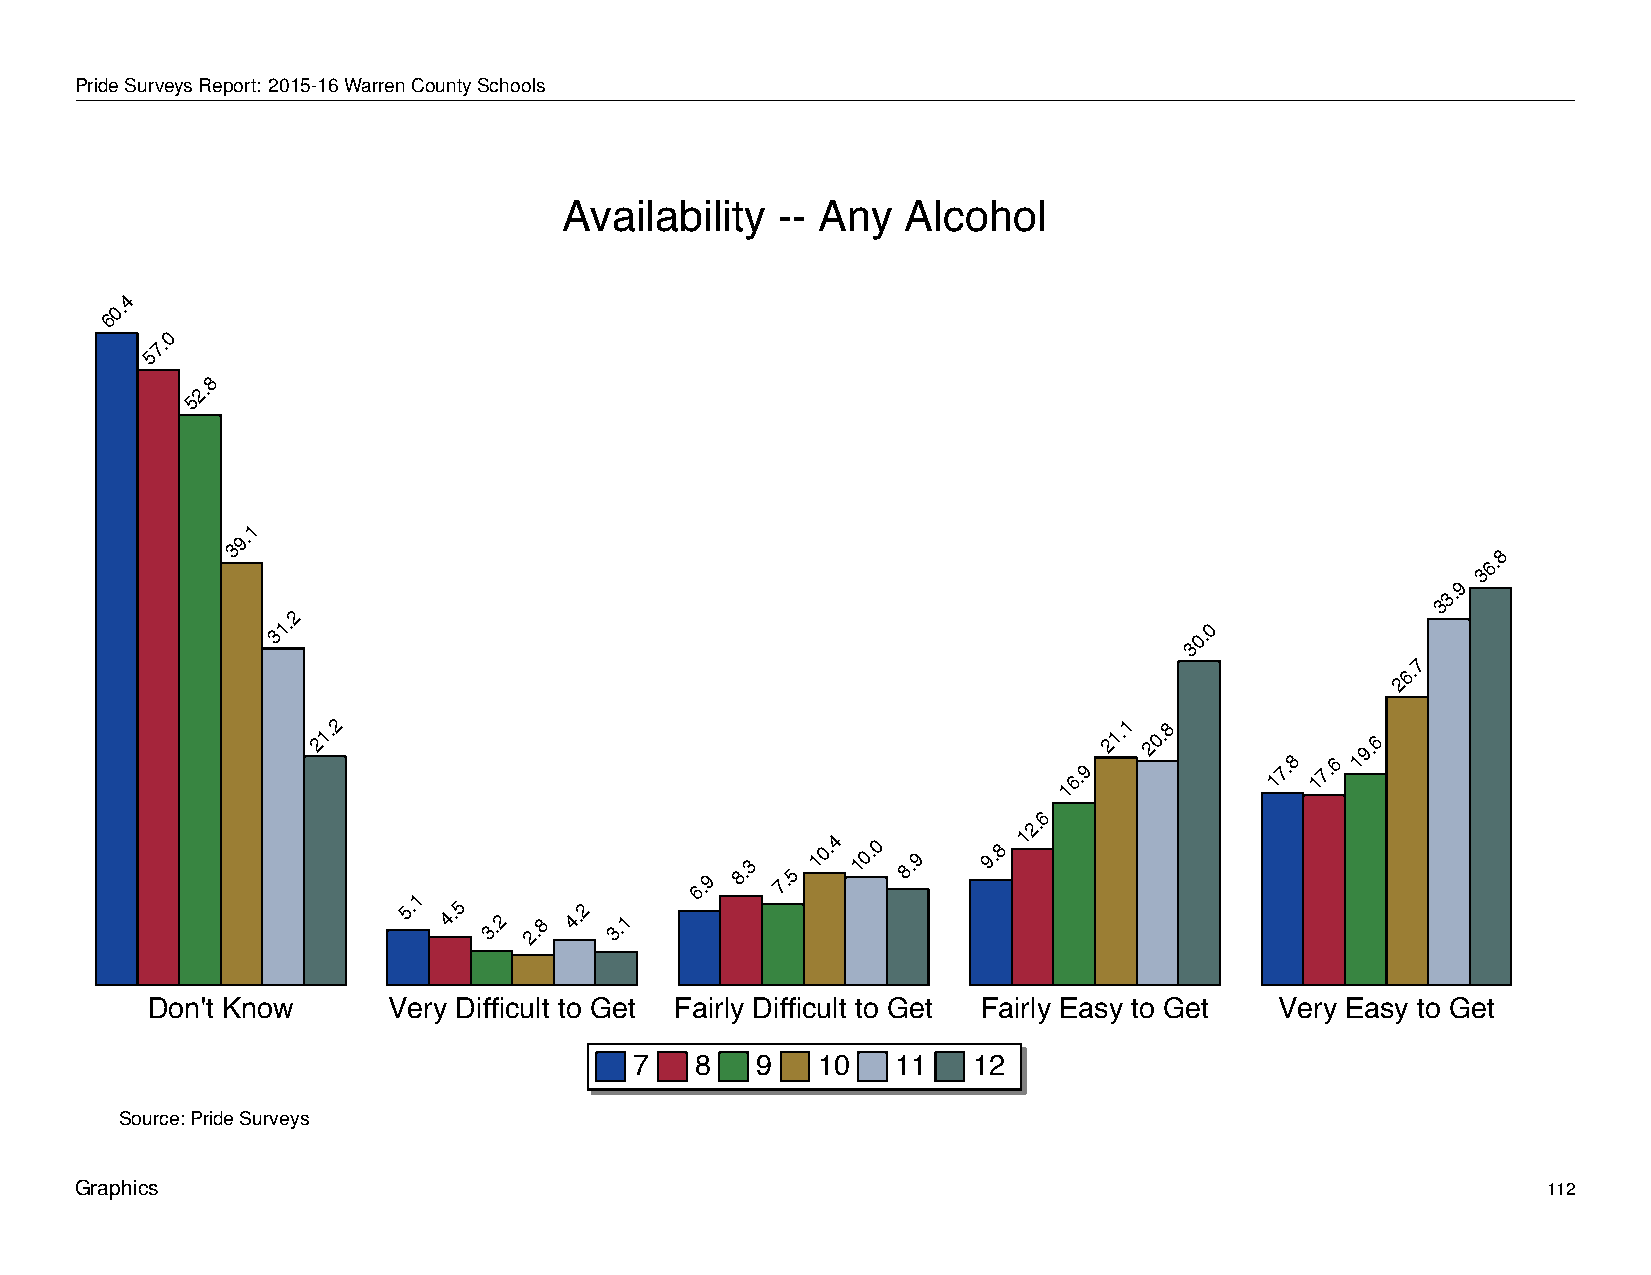
Availability             --   Any      Alcohol
 PrideSurveysReport: 2015-16WarrenCountySchools
 Availability  -- Any   Alcohol
 4
 0.
 6
 0
 7.
 5
 8
 2.
 5
 1
 9.
 3                                                                                  6.8
 3
 9
 3.
 3
 2
 31.                                                          30.0
 7
 6.
 2
 21.2
 16.9
 21.1 20.8
 17.8 17.6
 19.6
 6
 2.
 5.1
 4.5
 3.2 2.8
 4.2
 3.1
 6.9
 8.3
 7.5
 10.4 10.0
 8.9
 9.8 1
 Don't Know      Very Difficult to Get Fairly Difficult to Get Fairly Easy to Get Very Easy to Get
 7   8   9   10   11   12
 Source: Pride Surveys
 Graphics                                                                                         112